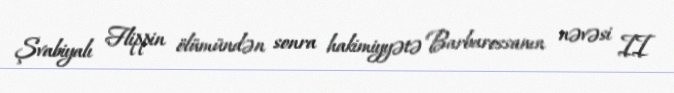
Şvabiyalı Flippin ölümündən sonra hakimiyyətə Barbarossanın nəvəsi II